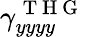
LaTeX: \gamma_{yyyy}^{\mathrm{~T~H~G~}}